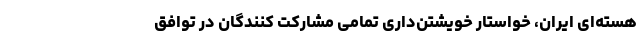
هسته‌ای ایران، خواستار خویشتن‌داری تمامی مشارکت کنندگان در توافق